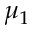
\mu _ { 1 }